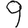
Digit: 9